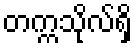
တက္ကသိုလ်ရှိ